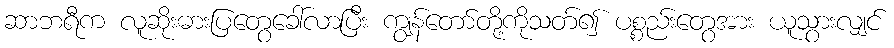
ဆာဘရီက လူဆိုးဓားပြတွေခေါ်လာပြီး ကျွန်တော်တို့ကိုသတ်၍ ပစ္စည်းတွေအား ယူသွားလျှင်